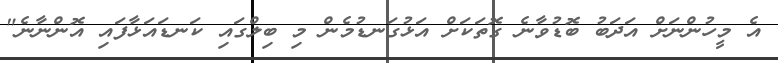
އެ މީހުންނަށް އަދަބު ބޮޑުވާނެ ގޮތަކަށް އަޅުގަނޑުމެން މި ބިލްގައި ކަނޑައަޅާފައި އޮންނާނެ"